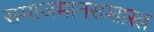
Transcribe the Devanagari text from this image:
समाजमानसशास्त्र